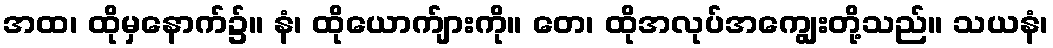
အထ၊ ထိုမှနောက်၌။ နံ၊ ထိုယောက်ျားကို။ တေ၊ ထိုအလုပ်အကျွေးတို့သည်။ သယနံ၊